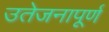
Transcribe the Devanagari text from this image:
उतेजनापूर्ण